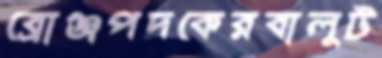
ব্রোঞ্জপদকেরবালুট